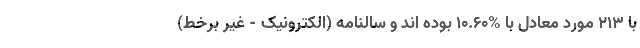
با ۲۱۳ مورد معادل با %۱۰.۶۰ بوده اند و سالنامه (الکترونیک - غیر برخط)